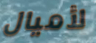
لأميال